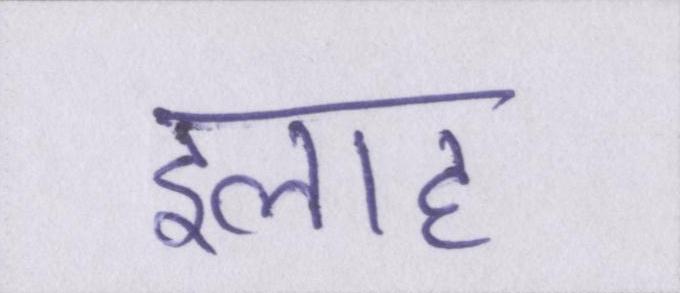
इलाह